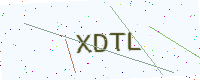
Text: XDTL